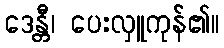
ဒေန္တီ၊ ပေးလှူကုန်၏။